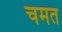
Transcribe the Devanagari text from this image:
चमत